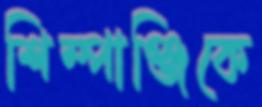
শিম্পাঞ্জিকে